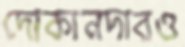
দোকানদারও